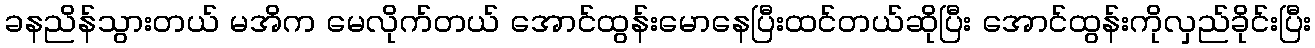
ခနညိန်သွားတယ် မအိက မေလိုက်တယ် အောင်ထွန်းမောနေပြီးထင်တယ်ဆိုပြီး အောင်ထွန်းကိုလှည်ခိုင်းပြီး